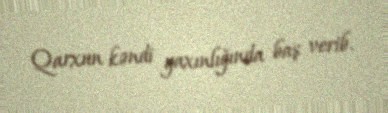
Qarxun kəndi yaxınlığında baş verib.